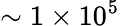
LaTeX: \sim 1\times 10^{5}